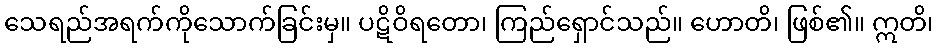
သေရည်အရက်ကိုသောက်ခြင်းမှ။ ပဋိဝိရတော၊ ကြည်ရှောင်သည်။ ဟောတိ၊ ဖြစ်၏။ ဣတိ၊